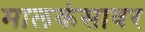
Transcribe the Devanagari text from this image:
मालकंसावर